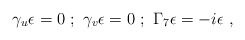
\begin{align*}\gamma_u \epsilon = 0 ~;~ \gamma_v \epsilon = 0 ~;~\Gamma_7 \epsilon = -i \epsilon~, \end{align*}